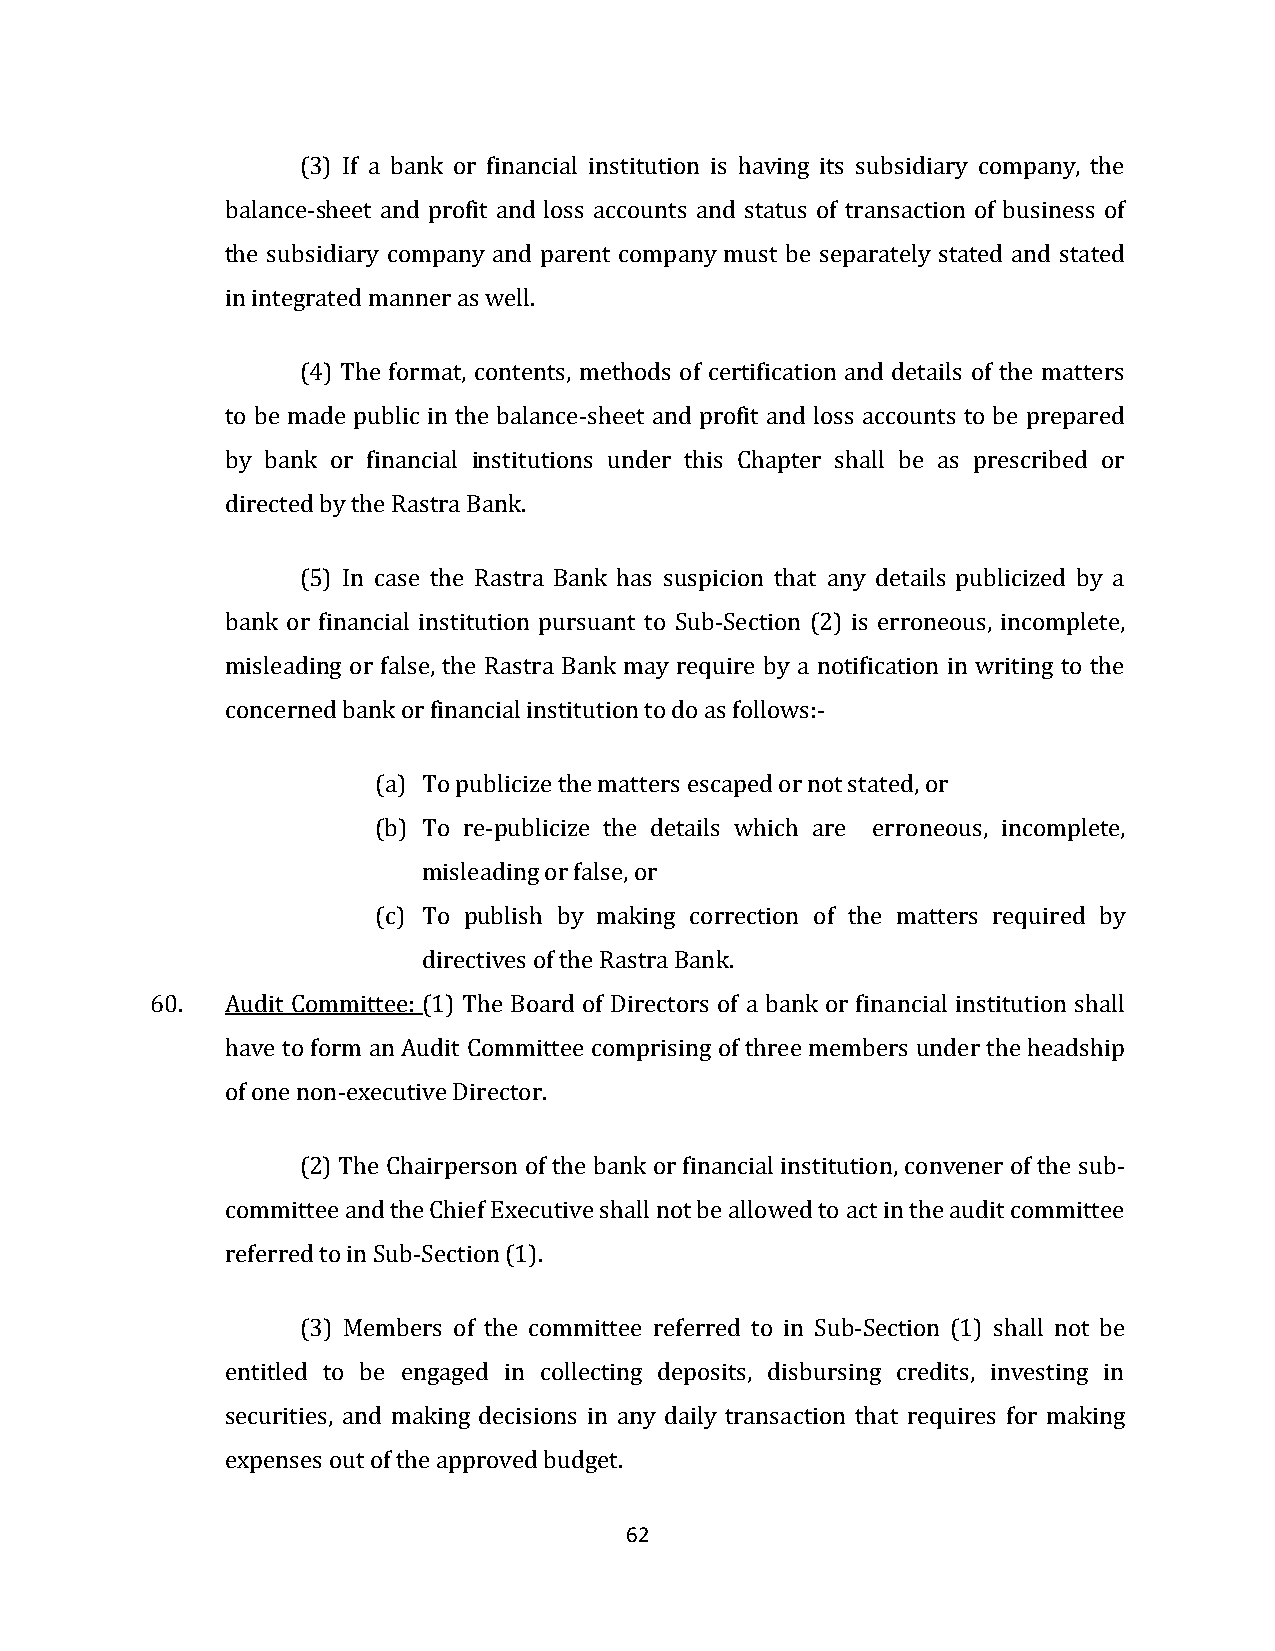
(3) If a bank or financial institution is having its subsidiary company, the
 balance-sheet and profit and loss accounts and status of transaction of business of
 the subsidiary company and parent company must be separately stated and stated
 in integrated manner as well.
 (4) The format, contents, methods of certification and details of the matters
 to be made public in the balance-sheet and profit and loss accounts to be prepared
 by bank or financial institutions under this Chapter shall be as prescribed or
 directed by the Rastra Bank.
 (5) In case the Rastra Bank has suspicion that any details publicized by a
 bank or financial institution pursuant to Sub-Section (2) is erroneous, incomplete,
 misleading or false, the Rastra Bank may require by a notification in writing to the
 concerned bank or financial institution to do as follows:-
 (a) To publicize the matters escaped or not stated, or
 (b) To re-publicize the details which are erroneous, incomplete,
 misleading or false, or
 (c) To publish by making correction of the matters required by
 directives of the Rastra Bank.
 60.  Audit Committee: (1) The Board of Directors of a bank or financial institution shall
 have to form an Audit Committee comprising of three members under the headship
 of one non-executive Director.
 (2) The Chairperson of the bank or financial institution, convener of the sub-
 committee and the Chief Executive shall not be allowed to act in the audit committee
 referred to in Sub-Section (1).
 (3) Members of the committee referred to in Sub-Section (1) shall not be
 entitled to be engaged in collecting deposits, disbursing credits, investing in
 securities, and making decisions in any daily transaction that requires for making
 expenses out of the approved budget.
 62